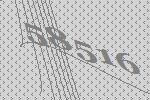
58516